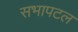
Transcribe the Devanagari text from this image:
सभापटल